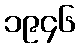
၁၉၄၆